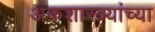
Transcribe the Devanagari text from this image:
अंकशास्त्र्यांच्या